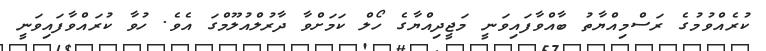
ކުރެއްވުމުގެ ރަސްމިއްޔާތު ބާއްވާފައިވަނީ މަޖީދިއްޔާގެ ހޯލް ކަމަށްވާ ދާރުލްއުލޫމްގަ އެވެ. ހުވާ ކުރައްވާފައިވަނީ